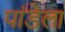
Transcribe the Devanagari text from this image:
पांडेला